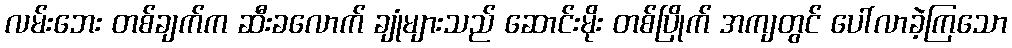
လမ်းဘေး တစ်ချက်က ဆီးခလောက် ချုံများသည် ဆောင်းမိုး တစ်ပြိုက် အကျတွင် ပေါ်လာခဲ့ကြသော